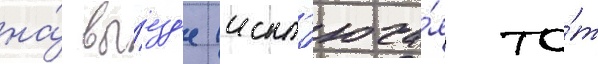
на́ вы́езд'е (искл'юча́я то́т